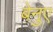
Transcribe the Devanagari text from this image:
बेनुए